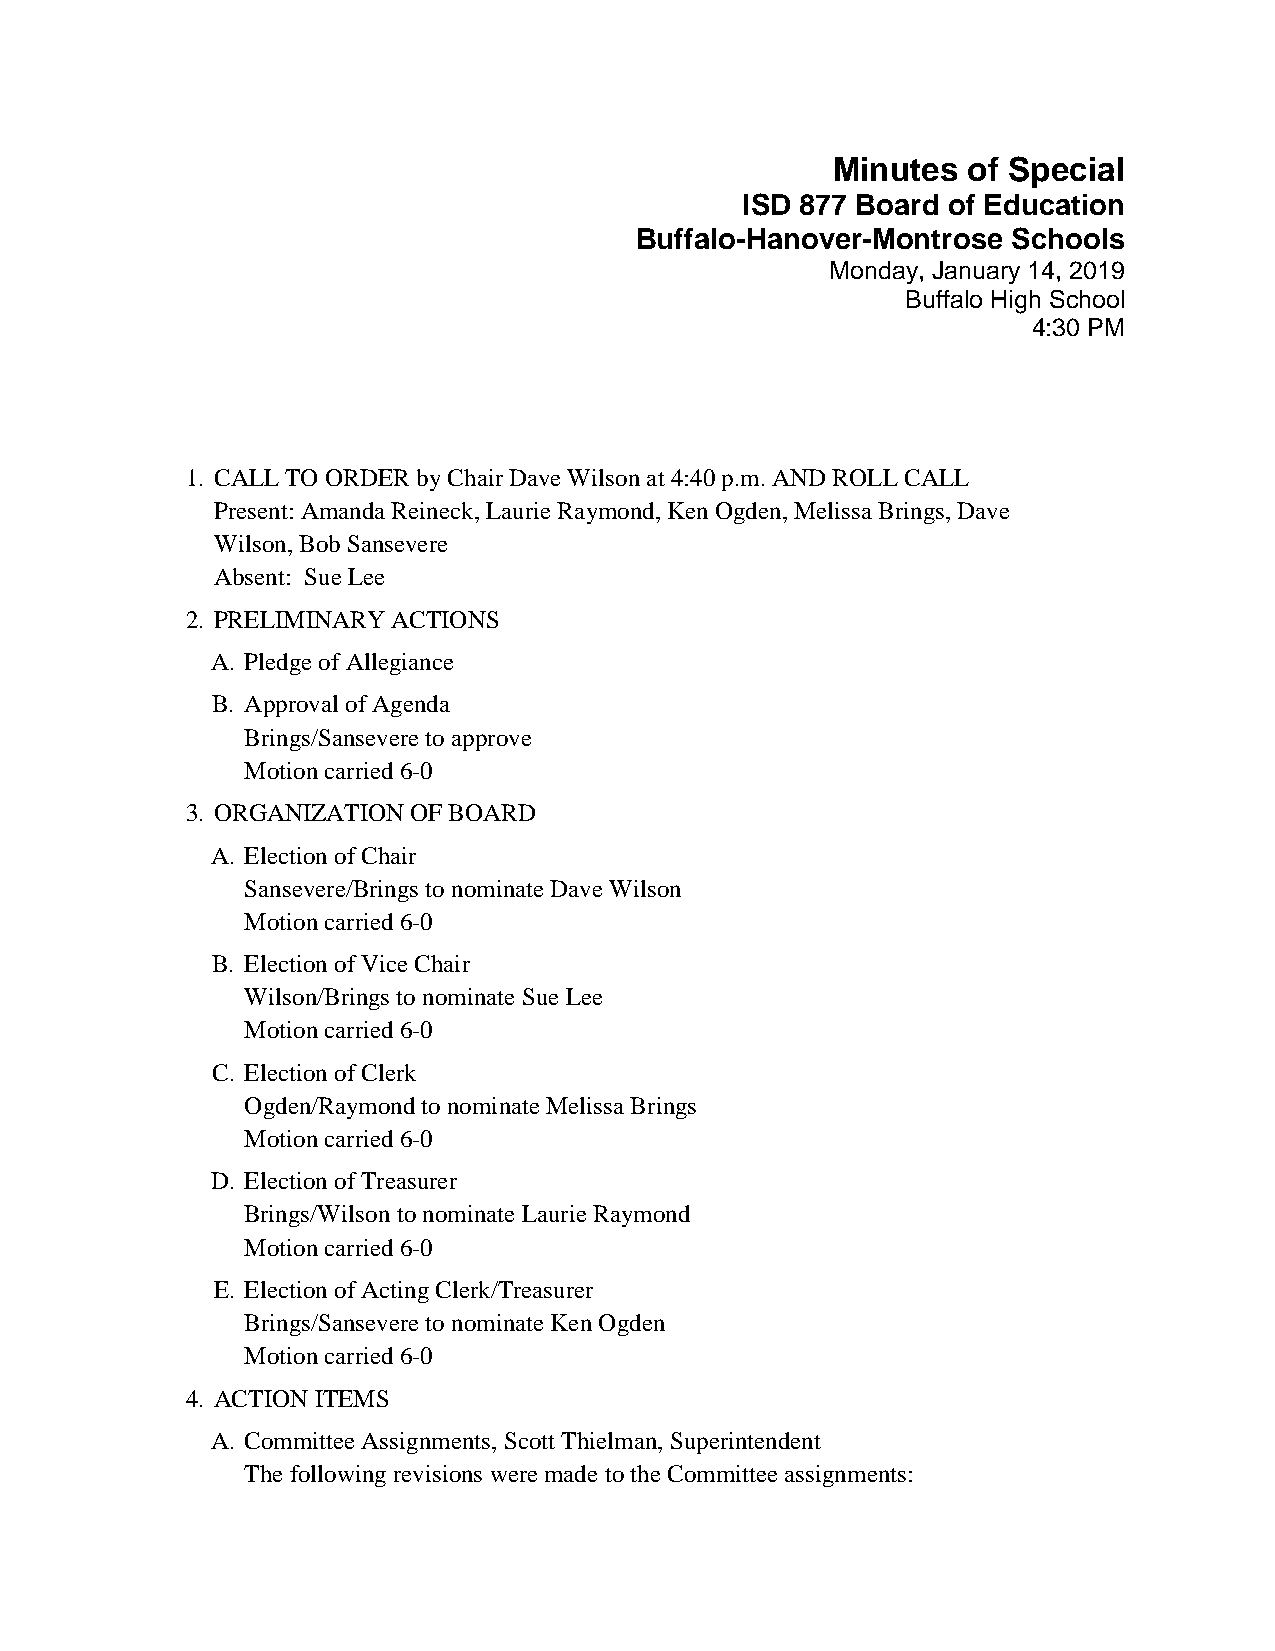
Minutes  of Special
 ISD 877 Board of Education
 Buffalo-Hanover-Montrose Schools
 Monday, January 14, 2019
 Buffalo High School
 4:30 PM
 1. CALL TO ORDER by Chair Dave Wilson at 4:40 p.m. AND ROLL CALL
 Present: Amanda Reineck, Laurie Raymond, Ken Ogden, Melissa Brings, Dave
 Wilson, Bob Sansevere
 Absent: Sue Lee
 2. PRELIMINARY ACTIONS
 A. Pledge of Allegiance
 B. Approval of Agenda
 Brings/Sansevere to approve
 Motion carried 6-0
 3. ORGANIZATION OF BOARD
 A. Election of Chair
 Sansevere/Brings to nominate Dave Wilson
 Motion carried 6-0
 B. Election of Vice Chair
 Wilson/Brings to nominate Sue Lee
 Motion carried 6-0
 C. Election of Clerk
 Ogden/Raymond to nominate Melissa Brings
 Motion carried 6-0
 D. Election of Treasurer
 Brings/Wilson to nominate Laurie Raymond
 Motion carried 6-0
 E. Election of Acting Clerk/Treasurer
 Brings/Sansevere to nominate Ken Ogden
 Motion carried 6-0
 4. ACTION ITEMS
 A. Committee Assignments, Scott Thielman, Superintendent
 The following revisions were made to the Committee assignments: